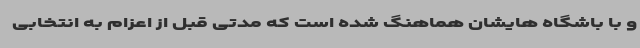
و با باشگاه هایشان هماهنگ شده است که مدتی قبل از اعزام به انتخابی